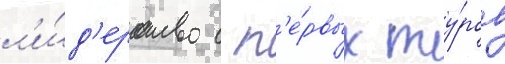
л'и́д'ерство с п'е́рвых ту́ров